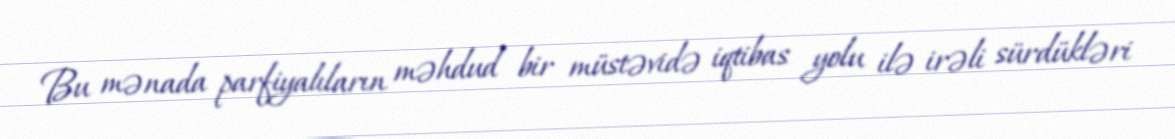
Bu mənada parfiyalıların məhdud bir müstəvidə iqtibas yolu ilə irəli sürdükləri